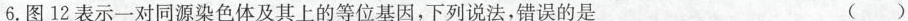
6.图12表示一对同源染色体及其上的等位基因，下列说法，错误的是 ( )